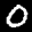
Label: 0